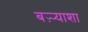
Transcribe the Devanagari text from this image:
बऱ्र्‍याशा